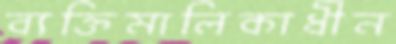
ব্যক্তিমালিকাধীন